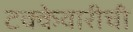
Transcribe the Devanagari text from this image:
टक्केवारीची